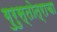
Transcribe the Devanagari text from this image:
गुरुस्तोत्राचा